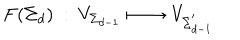
F ( \Sigma _ { d } ) \ : \ V _ { \Sigma _ { d - 1 } } \ \longmapsto \ V _ { \Sigma _ { d - 1 } ^ { ' } }